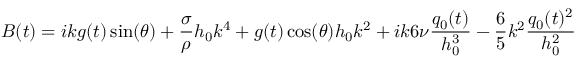
B ( t ) = i k g ( t ) \sin ( \theta ) + \frac { \sigma } { \rho } h _ { 0 } k ^ { 4 } + g ( t ) \cos ( \theta ) h _ { 0 } k ^ { 2 } + i k 6 \nu \frac { q _ { 0 } ( t ) } { h _ { 0 } ^ { 3 } } - \frac { 6 } { 5 } k ^ { 2 } \frac { q _ { 0 } ( t ) ^ { 2 } } { h _ { 0 } ^ { 2 } }